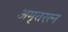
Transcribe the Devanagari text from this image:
अमृतरत्न